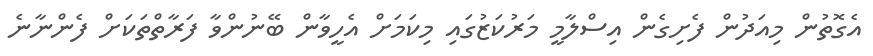
އެގޮތުން މިއަދުން ފެށިގެން އިސްލާމީ މަރުކަޒުގައި މިކަމަށް އެހީވާން ބޭނުންވާ ފަރާތްތަކަށް ފެންނާނެ